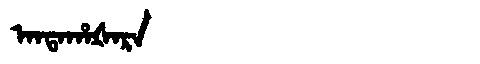
Manchu: ᠠᠨᡨᠠᡥᠠᡧᠠᡵᠠ
Romanization: ANTAHAŠARA